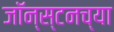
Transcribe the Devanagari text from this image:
जॉन्स्टनच्या